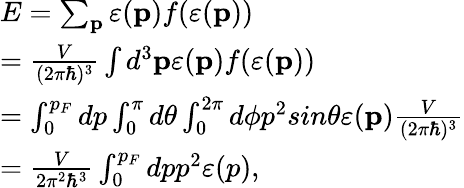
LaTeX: \begin{array}{l}{E=\sum_{\mathbf{p}}\varepsilon(\mathbf{p})f(\varepsilon(\mathbf{p}))}\\ {=\frac{V}{(2\pi\hbar)^{3}}\int d^{3}\mathbf{p}\varepsilon(\mathbf{p})f(\varepsilon(\mathbf{p}))}\\ {=\int_{0}^{p_{F}}dp\int_{0}^{\pi}d\theta\int_{0}^{2\pi}d\phi p^{2}sin\theta\varepsilon(\mathbf{p})\frac{V}{(2\pi\hbar)^{3}}}\\ {=\frac{V}{2\pi^{2}\hbar^{3}}\int_{0}^{p_{F}}dpp^{2}\varepsilon(p),}\end{array}